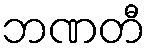
ဘဏတီ